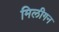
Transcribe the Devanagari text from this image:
मिलीगन